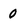
Character: 0